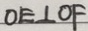
O E \bot O F